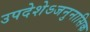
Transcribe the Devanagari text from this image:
उपदेशेऽजनुनासिक